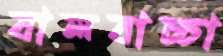
বালবাচ্চা